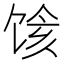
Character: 𱃽